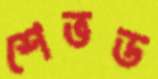
শেভড